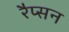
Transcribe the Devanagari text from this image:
रैप्सन